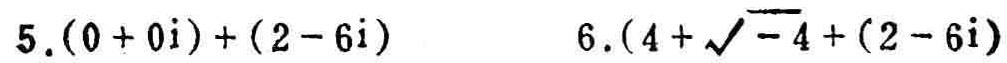
5. $(0 + 0i)+(2 - 6i)$
6. $(4+\sqrt{-4})+(2 - 6i)$